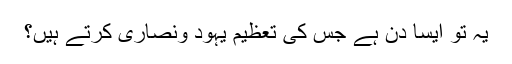
یہ تو ایسا دن ہے جس کی تعظیم یہود ونصاریٰ کرتے ہیں؟